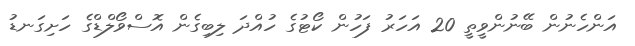
އަންހެނުން ބޭނުންވީތީ 20 އަހަރު ފަހުން ކޯޓުގެ ހުއްދަ ލިބިގެން އޮސްވޯލްޑްގެ ހަށިގަނޑު